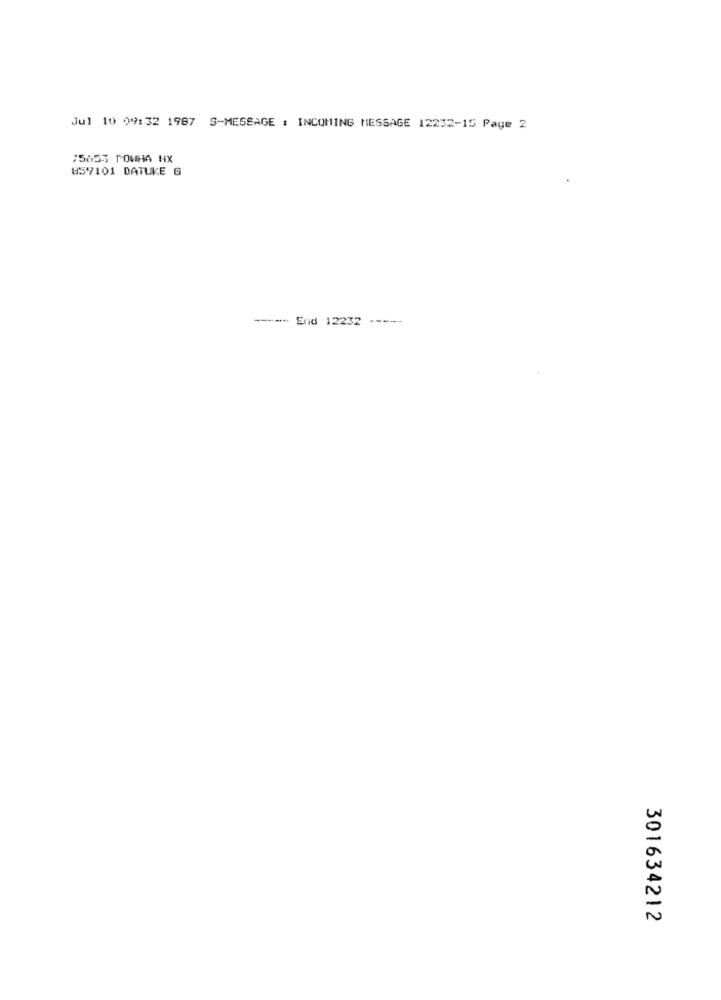
Jul 10 09:32 1987 S-MESSAGE : INCOMING MESSAGE 12232-15 Page 2
75653 POWHA HX
859101 DATUKE 6
----- End 12232 -----
301634212